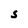
Character: S